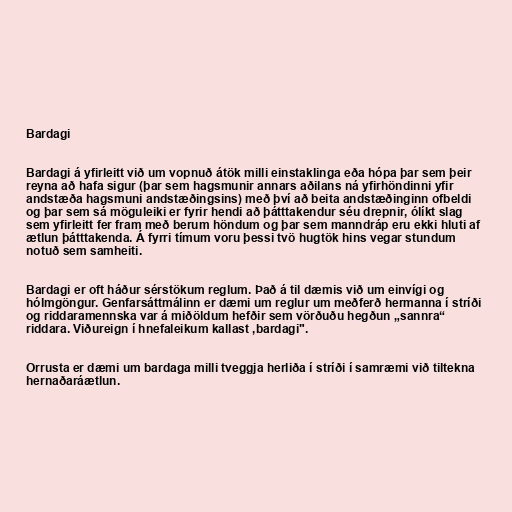
Bardagi

Bardagi á yfirleitt við um vopnuð átök milli einstaklinga eða hópa þar sem þeir
reyna að hafa sigur (þar sem hagsmunir annars aðilans ná yfirhöndinni yfir
andstæða hagsmuni andstæðingsins) með því að beita andstæðinginn ofbeldi
og þar sem sá möguleiki er fyrir hendi að þátttakendur séu drepnir, ólíkt slag
sem yfirleitt fer fram með berum höndum og þar sem manndráp eru ekki hluti af
ætlun þátttakenda. Á fyrri tímum voru þessi tvö hugtök hins vegar stundum
notuð sem samheiti.

Bardagi er oft háður sérstökum reglum. Það á til dæmis við um einvígi og
hólmgöngur. Genfarsáttmálinn er dæmi um reglur um meðferð hermanna í stríði
og riddaramennska var á miðöldum hefðir sem vörðuðu hegðun „sannra“
riddara. Viðureign í hnefaleikum kallast ,bardagi".

Orrusta er dæmi um bardaga milli tveggja herliða í stríði í samræmi við tiltekna
hernaðaráætlun.